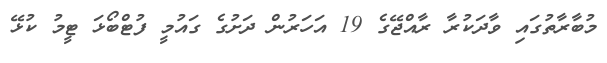
މުބާރާތުގައި ވާދަކުރާ ރާއްޖޭގެ 19 އަހަރުން ދަށުގެ ގައުމީ ފުޓްބޯޅަ ޓީމު ކުޅޭ